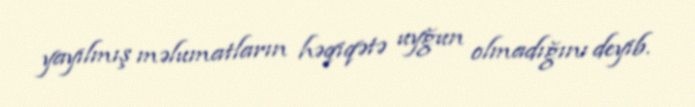
yayılmış məlumatların həqiqətə uyğun olmadığını deyib.